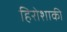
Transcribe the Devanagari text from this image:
हिरोशाकी